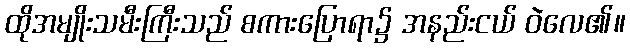
ထိုအမျိုးသမီးကြီးသည် စကားပြောရာ၌ အနည်းငယ် ဝဲလေ၏။